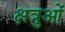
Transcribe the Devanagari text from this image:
क्षत्रुओं